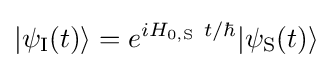
|\psi _{\rm {I}}(t)\rangle =e^{iH_{0,\mathrm {S} }~t/\hbar }|\psi _{\rm {S}}(t)\rangle